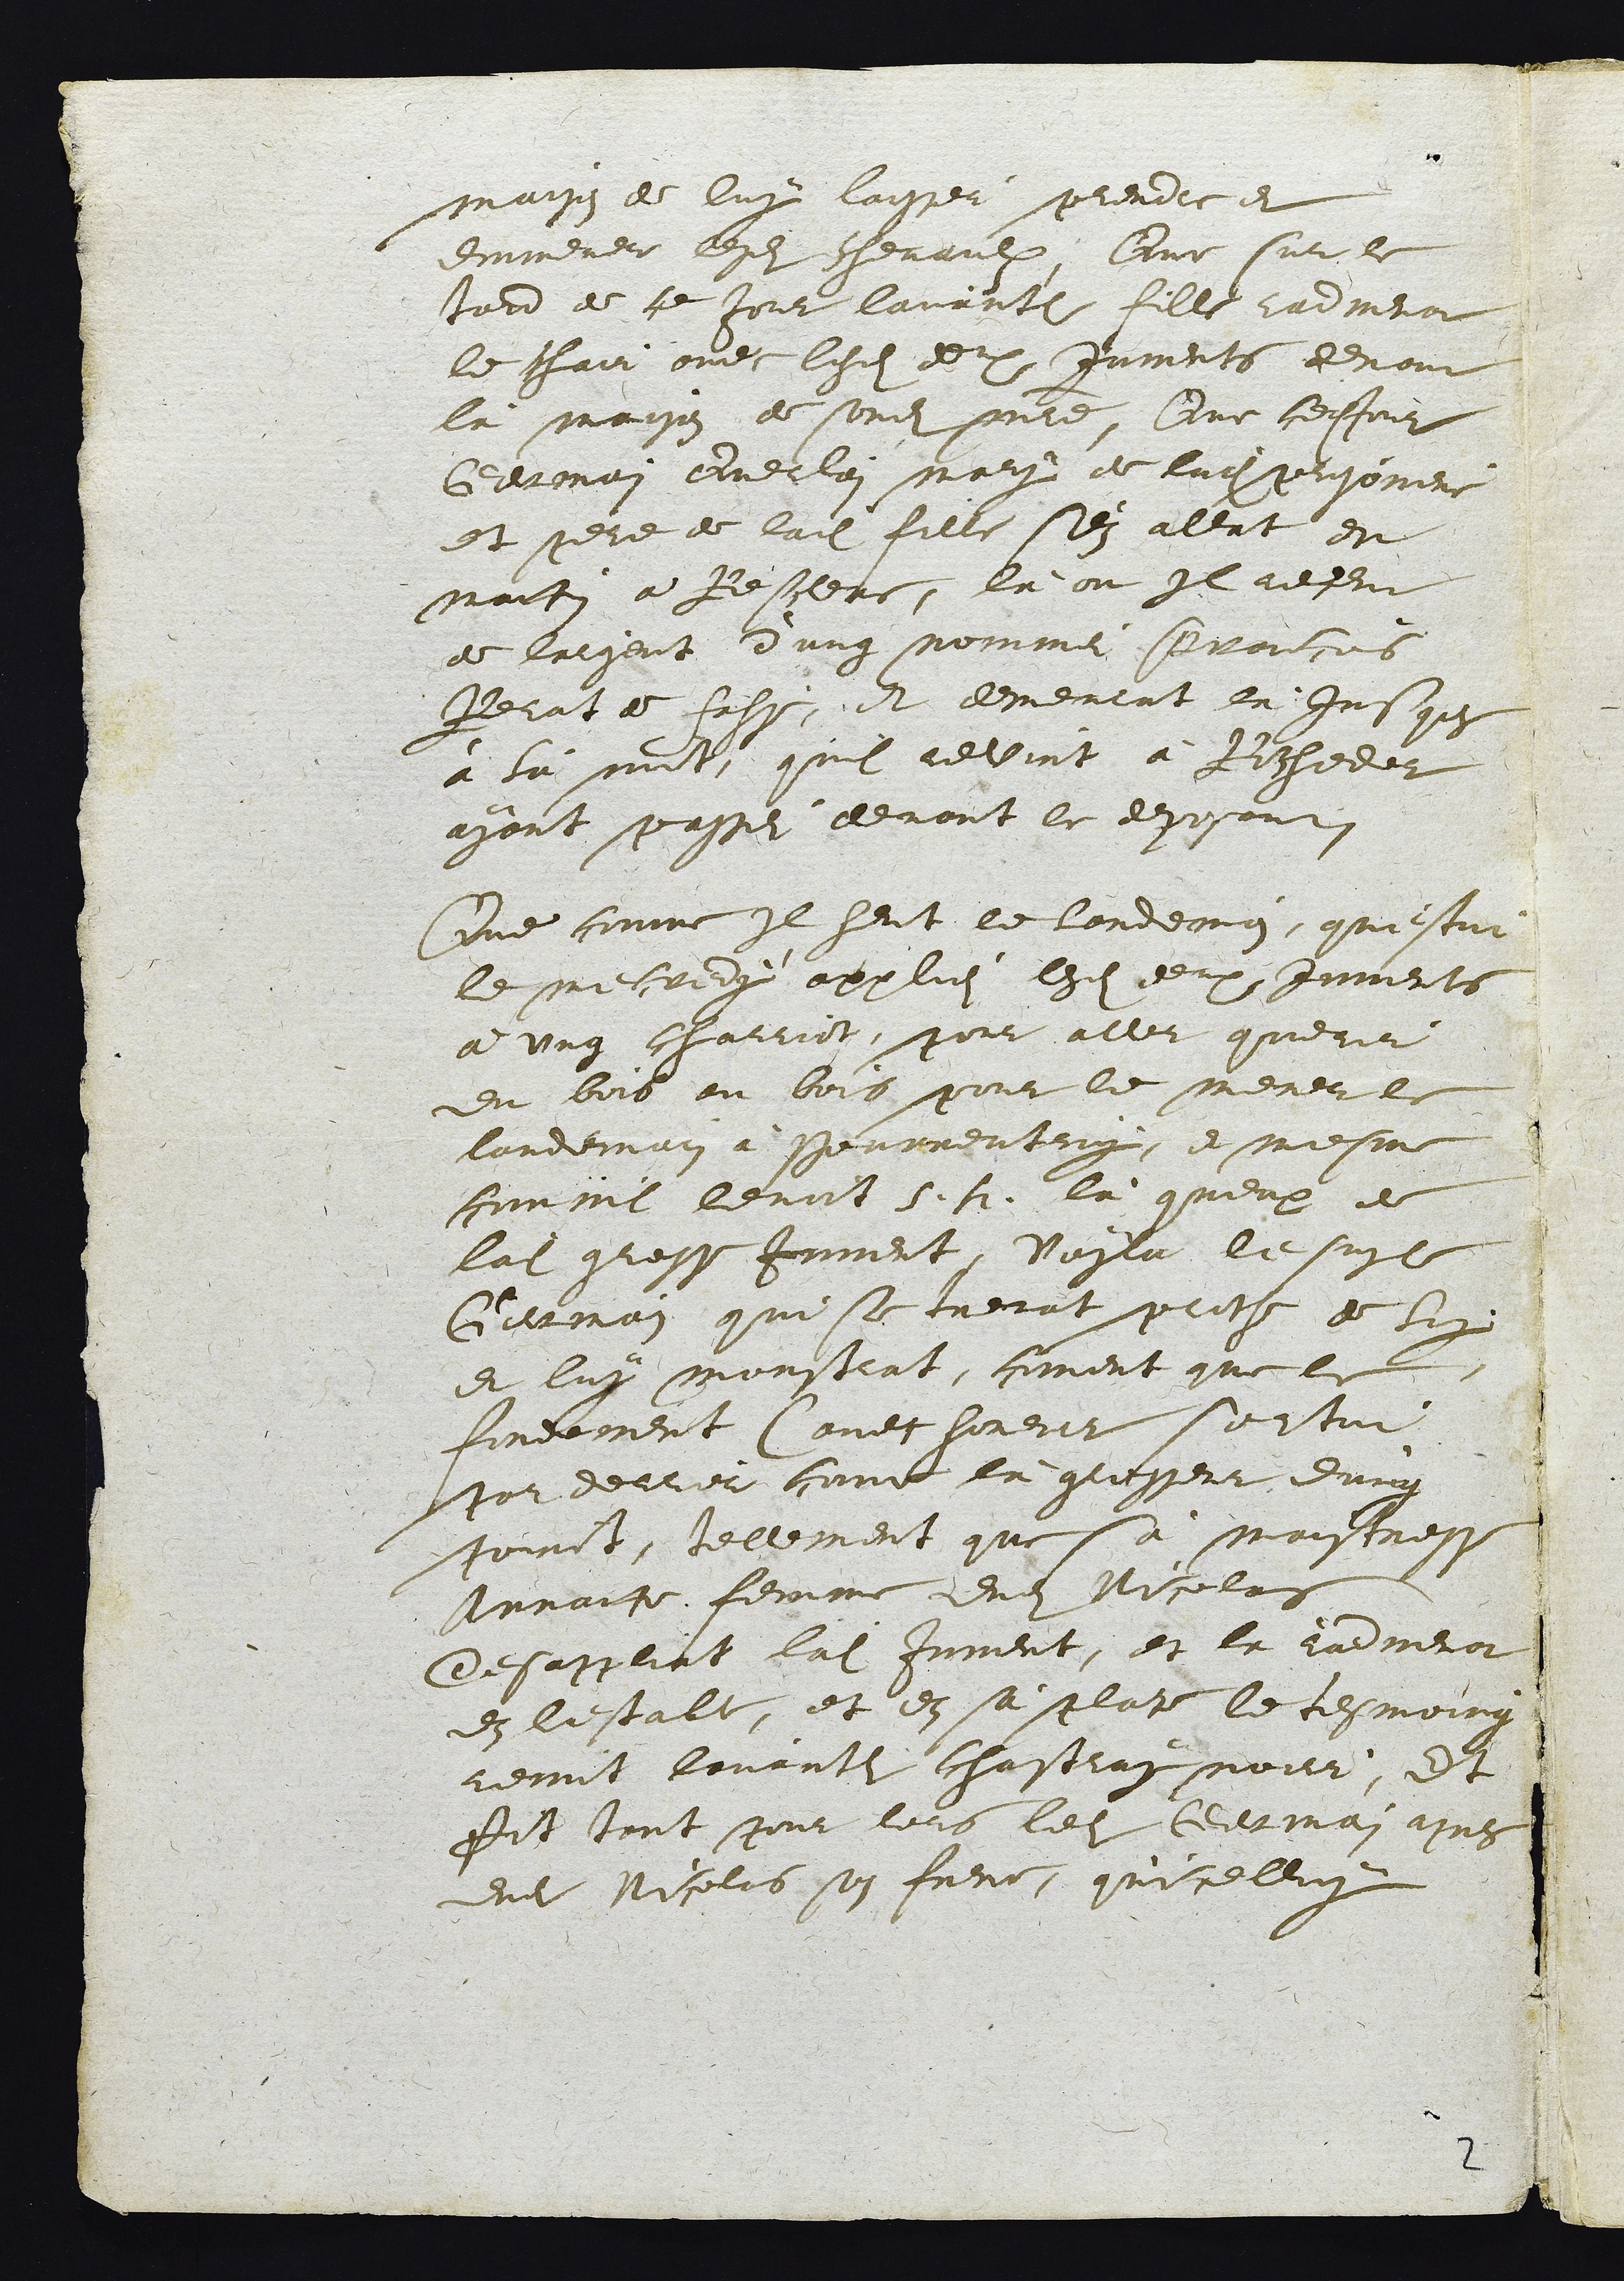
maison de luy laisser prendre et
emmener lesdits chevaulx. Que sur le
tard de ce Jour, l'avantdite fille radmenat
le chair avec lesdites deux Juments devant
la maison de sondit maitre. Que cedit Jour
Germain Querlain mary de ladite prisoniere
et pere de ladite fille s'en allat de
mattin a Resclere, là ou Il reseut
de l'argent d'ung nommei Francois
Rerat de Fahy, et demeurat là Jusques
à la nuict, qu'il advint à Rochedor
ayant passei devant le deposant.
Que comme Il heut le lendemain, qu'estoit
le mecredy appliei lesdits deux Juments
à ung charriot, pour aller querir
du bois au bois pour le mener le
lendemain à Pourrentruy, et mesme
commil levoit s. h. là queux de
ladite grosse Jument, Voyla le susdit
Germain qui se trevat proche de lui
et luy monstrat coment que le
fondement (avec honeur sortoit
par derrier come là grosseur d'ung
poinct, tellement que sa maistresse
Annatte femme dudit Nicolas
desappliat ladite Jument, et la radmenat
en lestable, et en sa place le tesmoing
remit lavantdit chastray noier, Et
Fit tant pour lors ledit Germain aupres
dudit Nicolas son frere, qu'icelluy

2